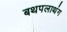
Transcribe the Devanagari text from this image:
बथपलाथंग